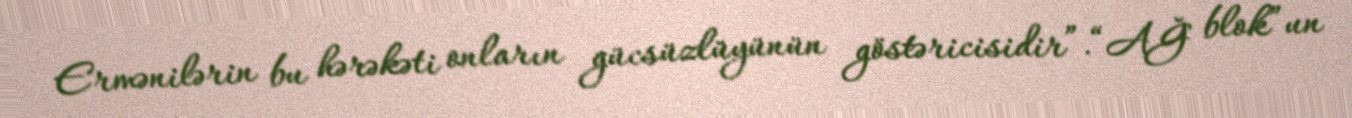
Ermənilərin bu hərəkəti onların gücsüzlüyünün göstəricisidir”.“AĞ blok”un